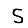
Digit: 5